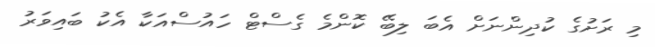
މި ރަށުގެ ކުދިންނަށް އެބަ ލިބޭ ކޮންމެ ގެސްޓް ހައުސްއަކާ އެކު ބައިވަރު